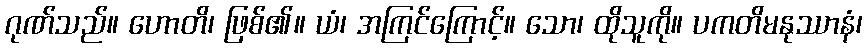
ဂုဏ်သည်။ ဟောတိ၊ ဖြစ်၏။ ယံ၊ အကြင်ကြောင့်။ သော၊ ထိုသူကို။ ပကတိမနုဿာနံ၊